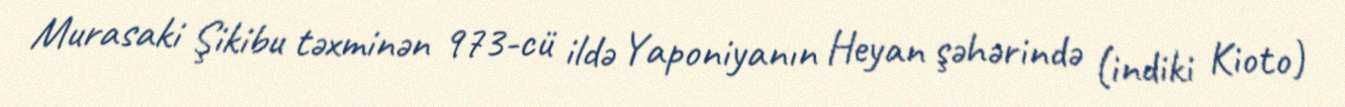
Murasaki Şikibu təxminən 973-cü ildə Yaponiyanın Heyan şəhərində (indiki Kioto)